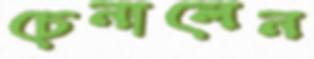
চেনালেন